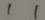
1 1